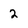
Character: 2